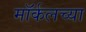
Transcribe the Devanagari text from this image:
मॉर्कलच्या